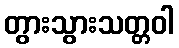
တွားသွားသတ္တဝါ